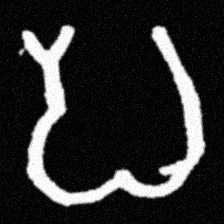
Pyu character \u2014 Myanmar letter: ပ (romanized: pa)